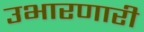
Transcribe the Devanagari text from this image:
उभारणारी